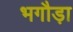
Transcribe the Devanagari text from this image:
भगौड़ा